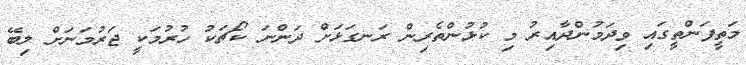
މަތީފަންތީގައި ވިދަމުންދާއިރު މި ކުޅުންތެރިން ރަނގަޅަށް ދަންނަ ކޯޗަކު ހުރުމަކީ ޖަރުމަނަށް ލިބޭ